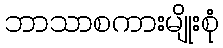
ဘာသာစကားမျိုးစုံ